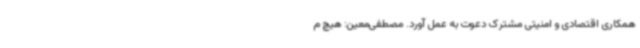
همکاری اقتصادی و امنیتی مشترک دعوت به عمل آورد. مصطفی‌معین: هیچ م